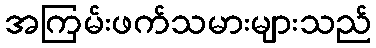
အကြမ်းဖက်သမားများသည်